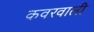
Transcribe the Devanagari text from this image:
कवरवाली